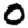
Digit: 0